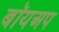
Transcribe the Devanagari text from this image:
बॉयअप